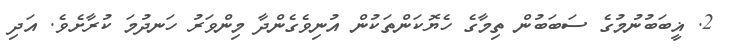
2. ޣީބަބުނުމުގެ ސަބަބުން ތިމާގެ ހެޔޮކަންތަކުން އުނިވެގެންދާ މިންވަރު ހަނދުމަ ކުރާށެވެ. އަދި